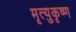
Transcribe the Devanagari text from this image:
मृत्युकृष्ण